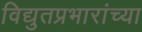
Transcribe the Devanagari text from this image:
विद्युतप्रभारांच्या